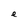
Character: e